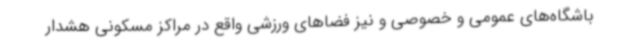
باشگاه‌های عمومی و خصوصی و نیز فضاهای ورزشی واقع در مراکز مسکونی هشدار